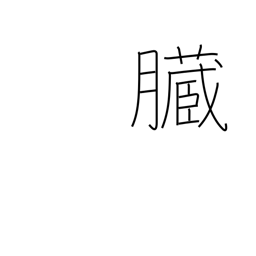
Meaning: bowels